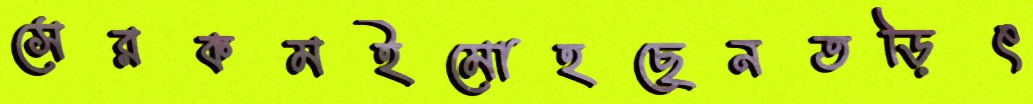
সেরকমইমোহছেনতড়িৎ